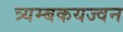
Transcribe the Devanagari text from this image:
त्र्यम्बकयज्वन